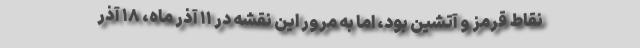
نقاط قرمز و آتشین بود، اما به مرور این نقشه در ۱۱ آذر ماه، ۱۸ آذر